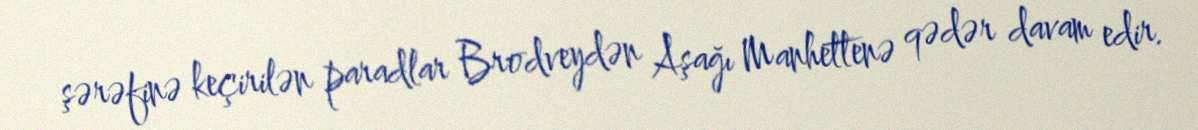
şərəfinə keçirilən paradlar Brodveydən Aşağı Manhettenə qədər davam edir.